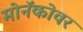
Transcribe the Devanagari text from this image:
मोनॅकोवर